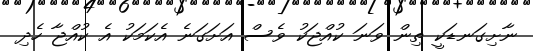
ނާށިގަނޑަކީ ތިން ވަނަ ކުއްޖަކު ވެސް އަށަގަނެ އެކަމަކު އެ ކުއްޖާ ހެދި